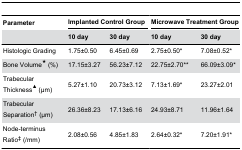
<table><thead><tr><td><b>Parameter</b></td><td colspan="2"><b>Implanted Control Group</b></td><td colspan="2"><b>Microwave Treatment Group</b></td></tr><tr><td></td><td><b>10 day</b></td><td><b>30 day</b></td><td><b>10 day</b></td><td><b>30 day</b></td></tr></thead><tbody><tr><td>Histologic Grading</td><td>1.75±0.50</td><td>6.45±0.69</td><td>2.75±0.50*</td><td>7.08±0.52*</td></tr><tr><td>Bone Volume<sup>★</sup> (%)</td><td>17.15±3.27</td><td>56.23±7.12</td><td>22.75±2.70**</td><td>66.09±3.09*</td></tr><tr><td>Trabecular Thickness<sup>▲</sup> (μm)</td><td>5.27±1.10</td><td>20.73±3.12</td><td>7.13±1.69*</td><td>23.27±2.01</td></tr><tr><td>Trabecular Separation<sup>†</sup> (μm)</td><td>26.36±8.23</td><td>17.13±6.16</td><td>24.93±8.71</td><td>11.96±1.64</td></tr><tr><td>Node-terminus Ratio<sup>‡</sup> (/mm)</td><td>2.08±0.56</td><td>4.85±1.83</td><td>2.64±0.32*</td><td>7.20±1.91*</td></tr></tbody></table>